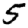
Digit: 5